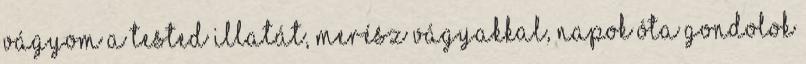
Vágyom a tested illatát, merész vágyakkal, napok óta gondolok